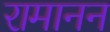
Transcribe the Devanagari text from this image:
रामानन